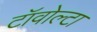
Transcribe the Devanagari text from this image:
टॉवोल्‍टा